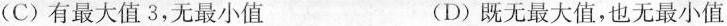
(C)有最大值3，无最小值 (D)既无最大值，也无最小值